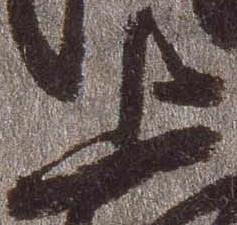
上